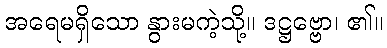
အရေမရှိသော နွားမကဲ့သို့။ ဒဋ္ဌဗ္ဗော၊ ၏။